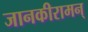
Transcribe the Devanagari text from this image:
जानकीरामन्